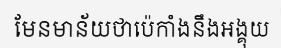
មែនមាន័យថាប៉េកាំងនឹងអង្គុយ